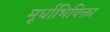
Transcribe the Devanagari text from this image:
मूर्धाभिषिक्ता